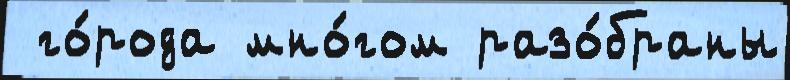
 го́рода мно́гом разо́браны